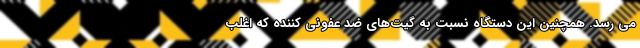
می ‌رسد. همچنین این دستگاه نسبت به گیت‌های ضد عفونی کننده که اغلب